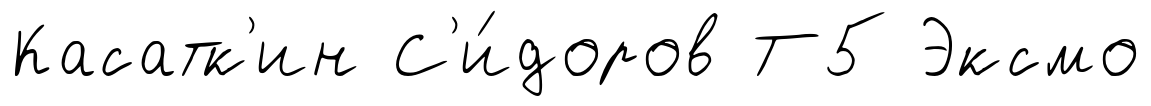
Касатк'ин С'и́доров Т5 Эксмо